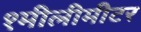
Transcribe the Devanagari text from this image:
१मीलीमीटर